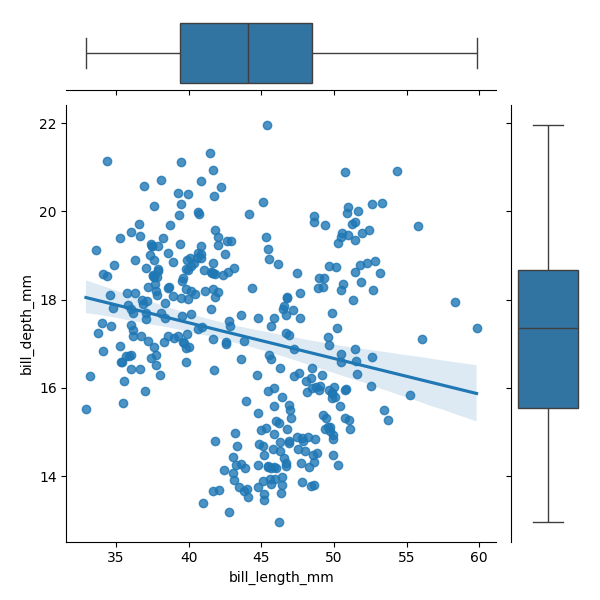
python, seaborn, JointGrid, regplot, boxplot